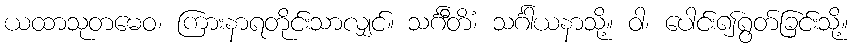
ယထာသုတမေဝ၊ ကြားနာရတိုင်းသာလျှင်။ သင်္ဂီတိံ၊ သင်္ဂါယနာသို့။ ဝါ၊ ပေါင်း၍ရွတ်ခြင်းသို့။